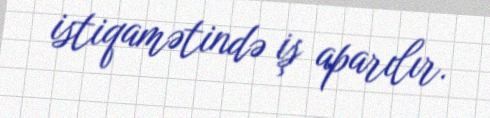
istiqamətində iş aparılır.